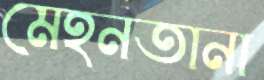
মেহনতানা